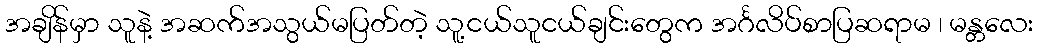
အချိန်မှာ သူနဲ့ အဆက်အသွယ်မပြတ်တဲ့ သူ့ငယ်သူငယ်ချင်းတွေက အင်္ဂလိပ်စာပြဆရာမ ၊ မန္တလေး